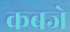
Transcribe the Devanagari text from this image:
कबजे